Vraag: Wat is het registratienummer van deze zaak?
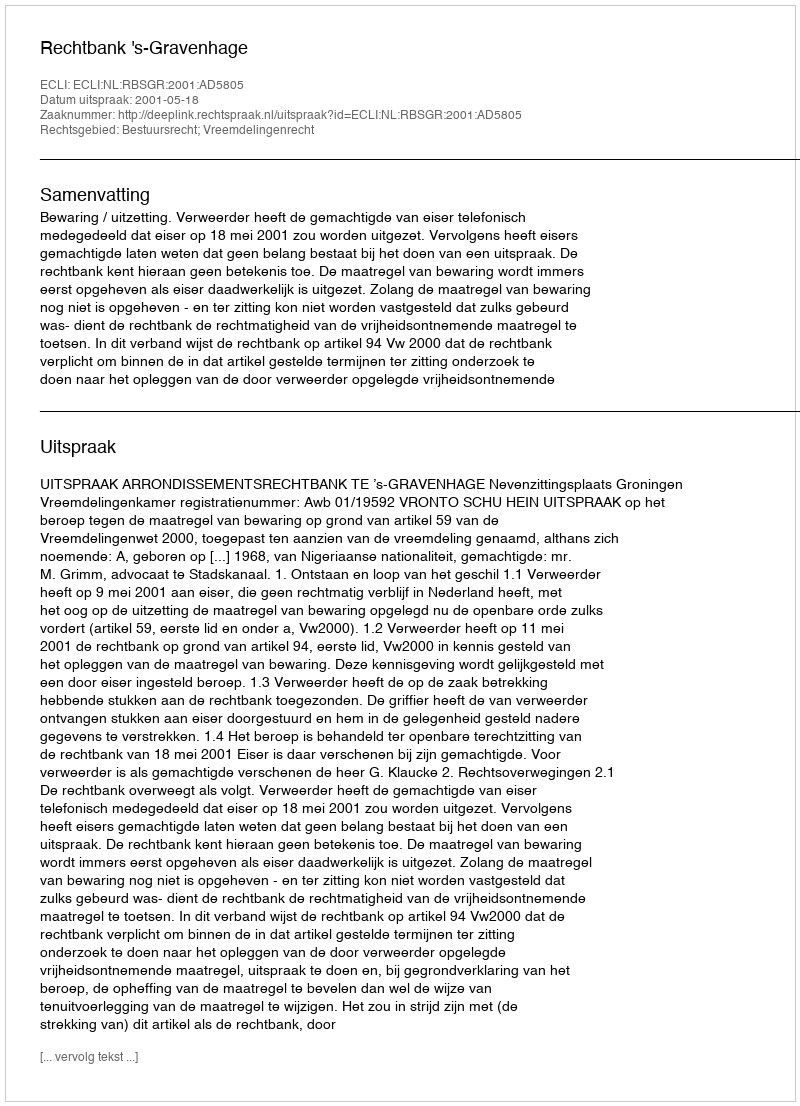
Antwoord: http://deeplink.rechtspraak.nl/uitspraak?id=ECLI:NL:RBSGR:2001:AD5805